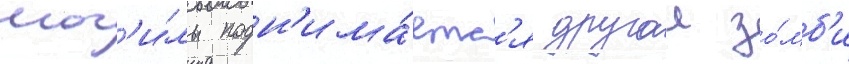
мог'и́лы подн'има́етс'я другои зо́мб'и